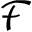
\mathcal { F }